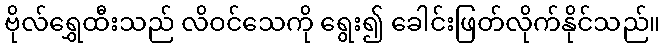
ဗိုလ်ရွှေထီးသည် လိဝင်သေကို ရွေး၍ ခေါင်းဖြတ်လိုက်နိုင်သည်။